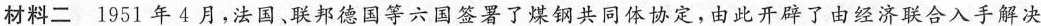
材料二 1951年4月，法国、联邦德国等六国签署了煤钢共同体协定，由此开辟了由经济联合入手解决